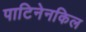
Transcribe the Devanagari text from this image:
पाटिनेनकिल